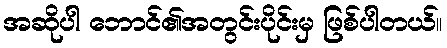
အဆိုပါ ဘောင်၏အတွင်းပိုင်းမှ ဖြစ်ပါတယ်။